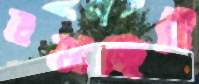
লড়াচ্ছিলি